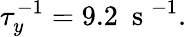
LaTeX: \tau_{y}^{-1}=9.2~\mathrm{~s~}^{-1}.